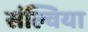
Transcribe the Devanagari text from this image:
संल्विया